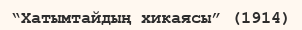
“Хатымтайдың хикаясы” (1914)